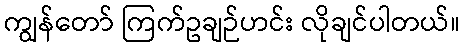
ကျွန်တော် ကြက်ဥချဉ်ဟင်း လိုချင်ပါတယ်။